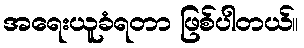
အရေးယူခံရတာ ဖြစ်ပါတယ်။